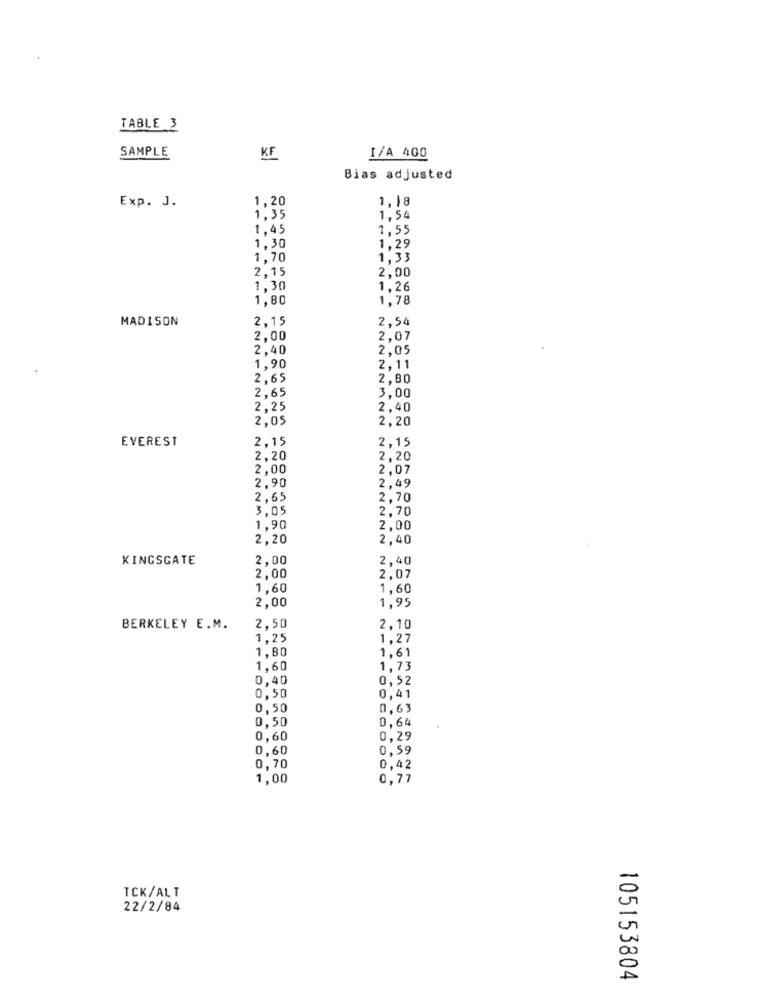
TABLE 3
SAMPLE
KF
I/A 400
Bias adjusted
1,20
1,18
Exp. J.
1,35
1,54
1,45
1,55
1,30
1.29
1,70
1.33
2,15
2,00
1,30
1.26
1,80
1,78
MADISON
2,15
2,54
2,00
2,07
2,40
2.05
1,90
2.11
2,65
2.80
2,65
3.00
2,25
2.40
2,05
2,20
EVEREST
2,15
2,15
2,20
2,20
2,00
2,07
2,90
2,49
2.65
2.70
3.05
2,70
1.90
2,00
2,20
2,40
KINGSGATE
2,00
2,40
2,00
2,07
1,60
1,60
2.00
1,95
BERKELEY E.M.
2,50
2,10
1.25
1.27
1.80
1,61
1,60
1,73
0,40
0,52
0.50
0,41
0,50
0,63
0,50
0,64
0,60
0,29
0,60
0,59
0,70
0,42
1,00
0,77
TCK/ALT
22/2/84
105153804